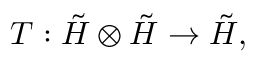
T : \tilde { \cal H } \otimes \tilde { \cal H } \rightarrow \tilde { \cal H } ,